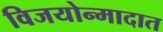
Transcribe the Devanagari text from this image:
विजयोन्मादात